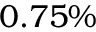
0 . 7 5 \%